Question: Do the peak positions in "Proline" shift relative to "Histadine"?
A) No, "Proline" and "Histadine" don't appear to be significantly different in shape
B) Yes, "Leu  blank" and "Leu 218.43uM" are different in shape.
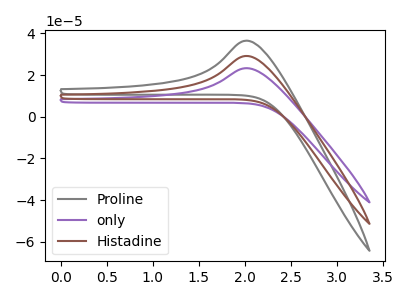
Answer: <think>The gray curve "Proline" has an anodic peak at: (2.00V, 36.55uA). The purple curve "only" has an anodic peak at: (2.00V, 58.40uA). The brown curve "Histadine" has an anodic peak at: (2.00V, 29.20uA).
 All the peaks in "Proline" have a peak in "Histadine" at the same potential. Every peak in "Proline" is higher than every peak in "Histadine".</think>
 <answer>A) No, "Proline" and "Histadine" don't appear to be significantly different in shape</answer>
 <eval>A</eval>